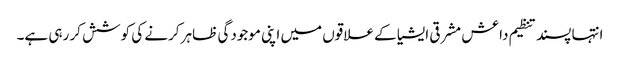
انتہا پسند تنظیم داعش مشرقی ایشیا کے علاقوں میں اپنی موجودگی ظاہر کرنے کی کوشش کر رہی ہے۔